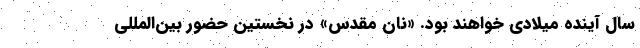
سال آینده میلادی خواهند بود. «نان مقدس» در نخستین حضور بین‌المللی